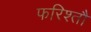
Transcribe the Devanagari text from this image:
फरिश्तौ